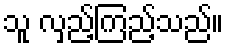
သူ လှည့်ကြည့်သည်။